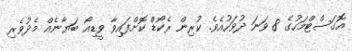
އޮގަސްޓްމަހުގެ 8 ވަނަ ދުވަހުއެވެ. ކުރިން ރެކޯޑް ކޮށްފައިވާ ވީޑިއޯ ބަޔާނެއް މެދުވެރި